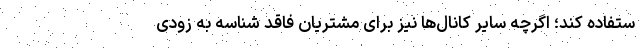
ستفاده کند؛ اگرچه سایر کانال‌ها نیز برای مشتریان فاقد شناسه به زودی